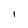
Character: l